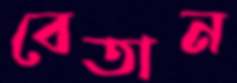
বেতান